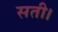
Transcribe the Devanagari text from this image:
सती।